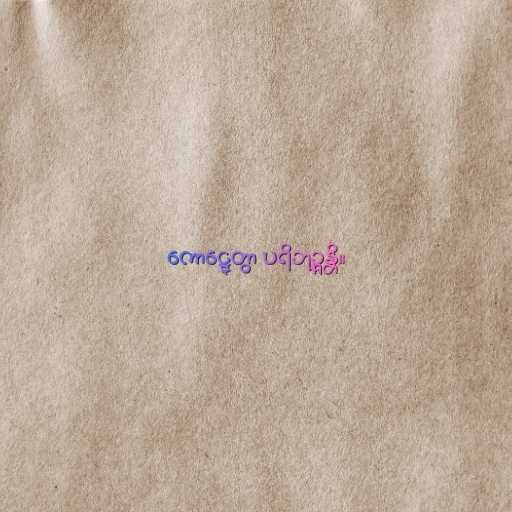
ကောဋ္ဋေတွာ ပရိဘုဉ္ဇန္တိ။